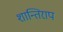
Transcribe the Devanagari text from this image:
शान्तिराप